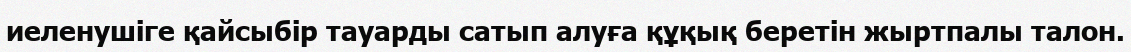
иеленушіге қайсыбір тауарды сатып алуға құқық беретін жыртпалы талон.